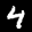
Label: 4